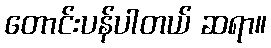
တောင်းပန်ပါတယ် ဆရာ။